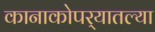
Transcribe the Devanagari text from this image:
कानाकोपर्‍यातल्या